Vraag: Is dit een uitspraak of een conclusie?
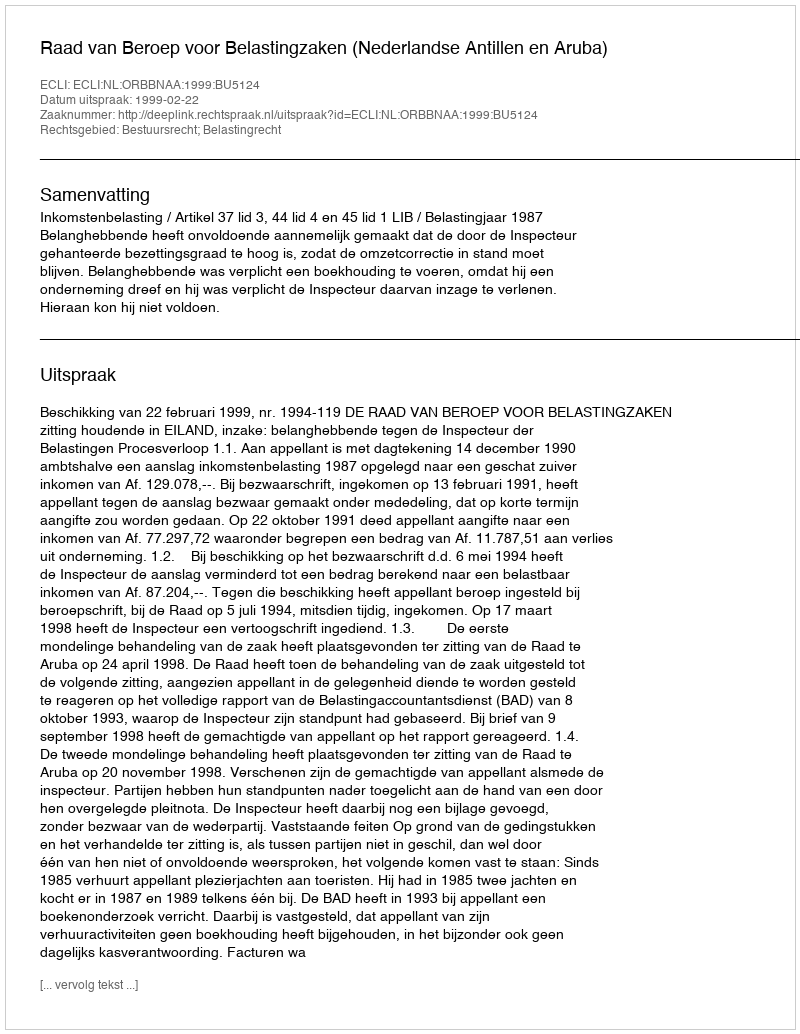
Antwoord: Uitspraak